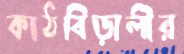
কাঠবিড়ালীর